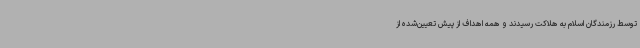
توسط رزمندگان اسلام به هلاکت رسیدند و همه اهداف از پیش تعیین‌شده از